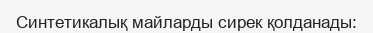
Синтетикалық майларды сирек қолданады: